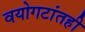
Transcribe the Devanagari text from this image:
वयोगटांतही